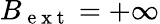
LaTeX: B_{\mathrm{~e~x~t~}}=+\infty